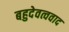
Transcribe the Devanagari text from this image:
बहुदेवत्ववाद